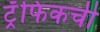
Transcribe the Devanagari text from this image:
ट्रॅफिकची